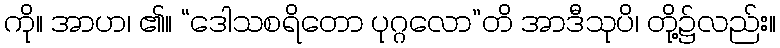
ကို။ အာဟ၊ ၏။ “ဒေါသစရိတော ပုဂ္ဂလော”တိ အာဒီသုပိ၊ တို့၌လည်း။